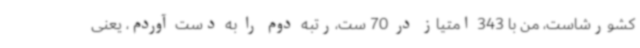
کشورشاست، من با 343 امتیاز در 70 ست،رتبه دوم را به دست آوردم، یعنی